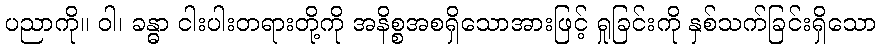
ပညာကို။ ဝါ၊ ခန္ဓာ ငါးပါးတရားတို့ကို အနိစ္စအစရှိသောအားဖြင့် ရှုခြင်းကို နှစ်သက်ခြင်းရှိသော